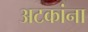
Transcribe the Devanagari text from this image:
अटकांना